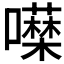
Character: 𭌖